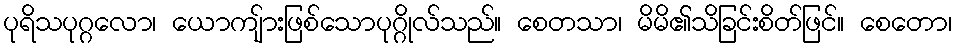
ပုရိသပုဂ္ဂလော၊ ယောကျ်ားဖြစ်သောပုဂ္ဂိုလ်သည်။ စေတသာ၊ မိမိ၏သိခြင်းစိတ်ဖြင်။ စေတော၊